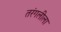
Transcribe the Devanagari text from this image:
तरंगलीला